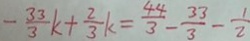
- \frac { 3 3 } { 3 } k + \frac { 2 } { 3 } k = \frac { 4 4 } { 3 } - \frac { 3 3 } { 3 } - \frac { 1 } { 2 }